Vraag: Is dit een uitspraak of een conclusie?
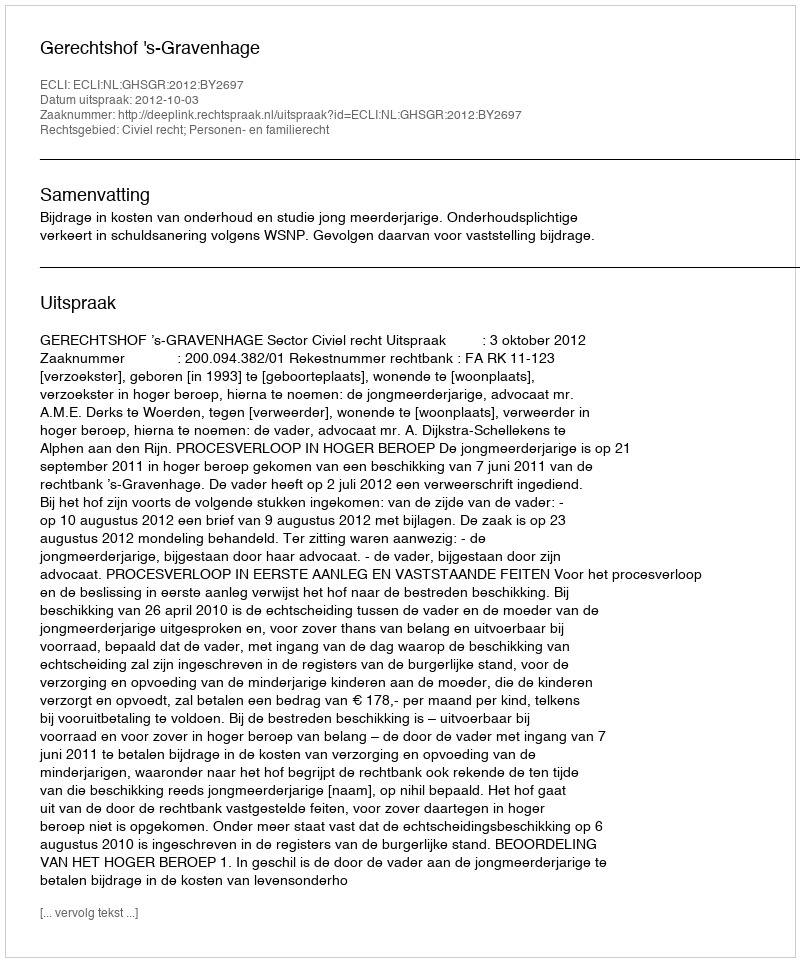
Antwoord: Uitspraak